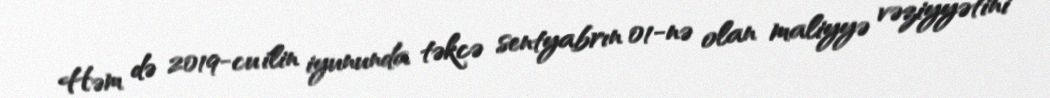
Həm də 2019-cu ilin iyununda təkcə sentyabrın 01-nə olan maliyyə vəziyyətini